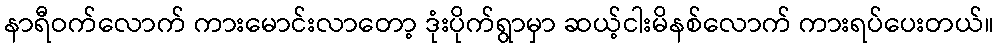
နာရီဝက်လောက် ကားမောင်းလာတော့ ဒုံးပိုက်ရွာမှာ ဆယ့်ငါးမိနစ်လောက် ကားရပ်ပေးတယ်။